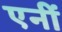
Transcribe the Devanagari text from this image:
एनीं